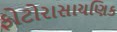
ફોટોરાસાયણિક